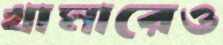
খামারেও